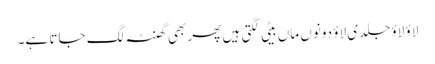
لاؤ لاؤ جلدی لاؤ دونوں ماں بیٹی لگتی ہیں پھر بھی گھنٹہ لگ جاتا ہے۔